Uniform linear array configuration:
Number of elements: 48
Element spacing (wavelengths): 0.25
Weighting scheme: blackman
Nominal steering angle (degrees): -30
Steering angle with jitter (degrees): -31.716
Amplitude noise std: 0.05
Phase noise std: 0.05

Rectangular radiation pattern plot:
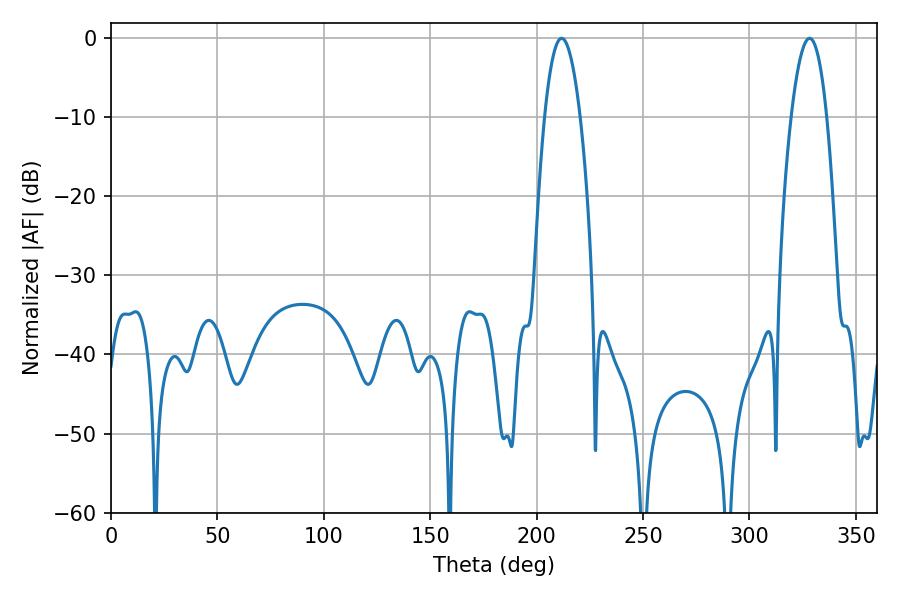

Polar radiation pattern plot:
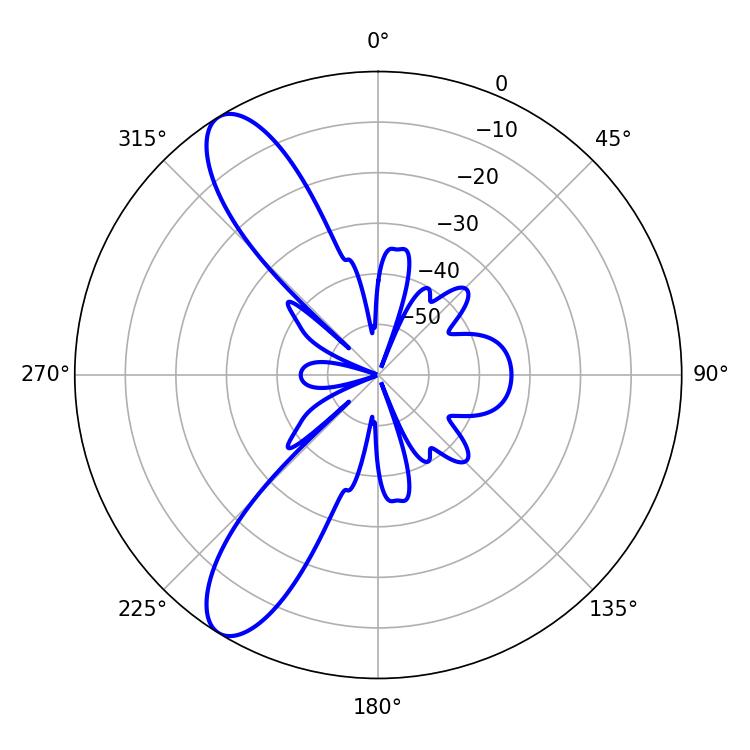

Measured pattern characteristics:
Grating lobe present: FALSE
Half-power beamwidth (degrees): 9.36
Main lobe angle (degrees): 211.68